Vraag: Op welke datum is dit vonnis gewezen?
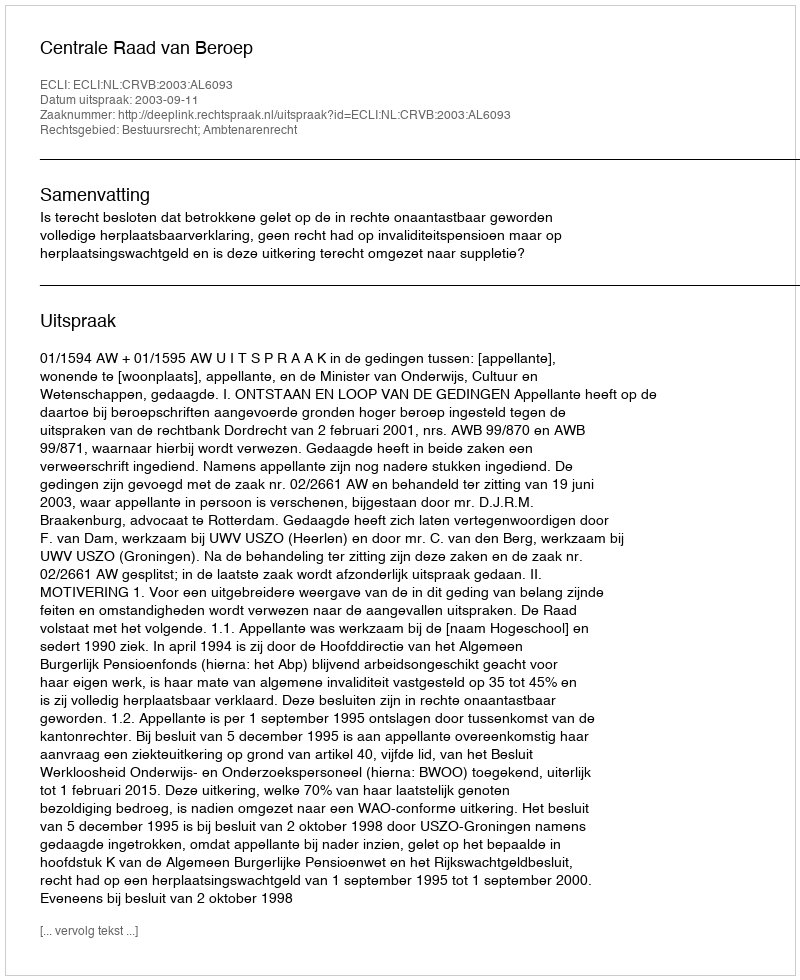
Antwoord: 2003-09-11